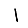
Digit: 1